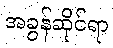
အခွန်ဆိုင်ရာ